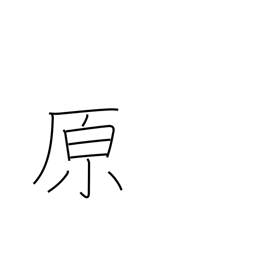
Meaning: prairie